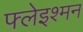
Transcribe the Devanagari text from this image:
फ्लेइश्मन